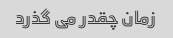
زمان چقدر می گذرد